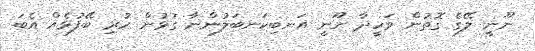
ނޫނީ ލޭގެ ގޮތުން ވަހީދާ ނޫނީ އަނބިކަނބަލުންނާ ގުޅުން ހުރި ބޭފުޅެއް އެބަ